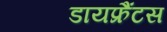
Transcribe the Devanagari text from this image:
डायफ्रैंटस